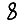
Digit: 8